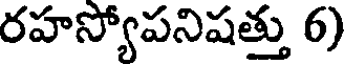
రహస్యోపనిషత్తు 6)